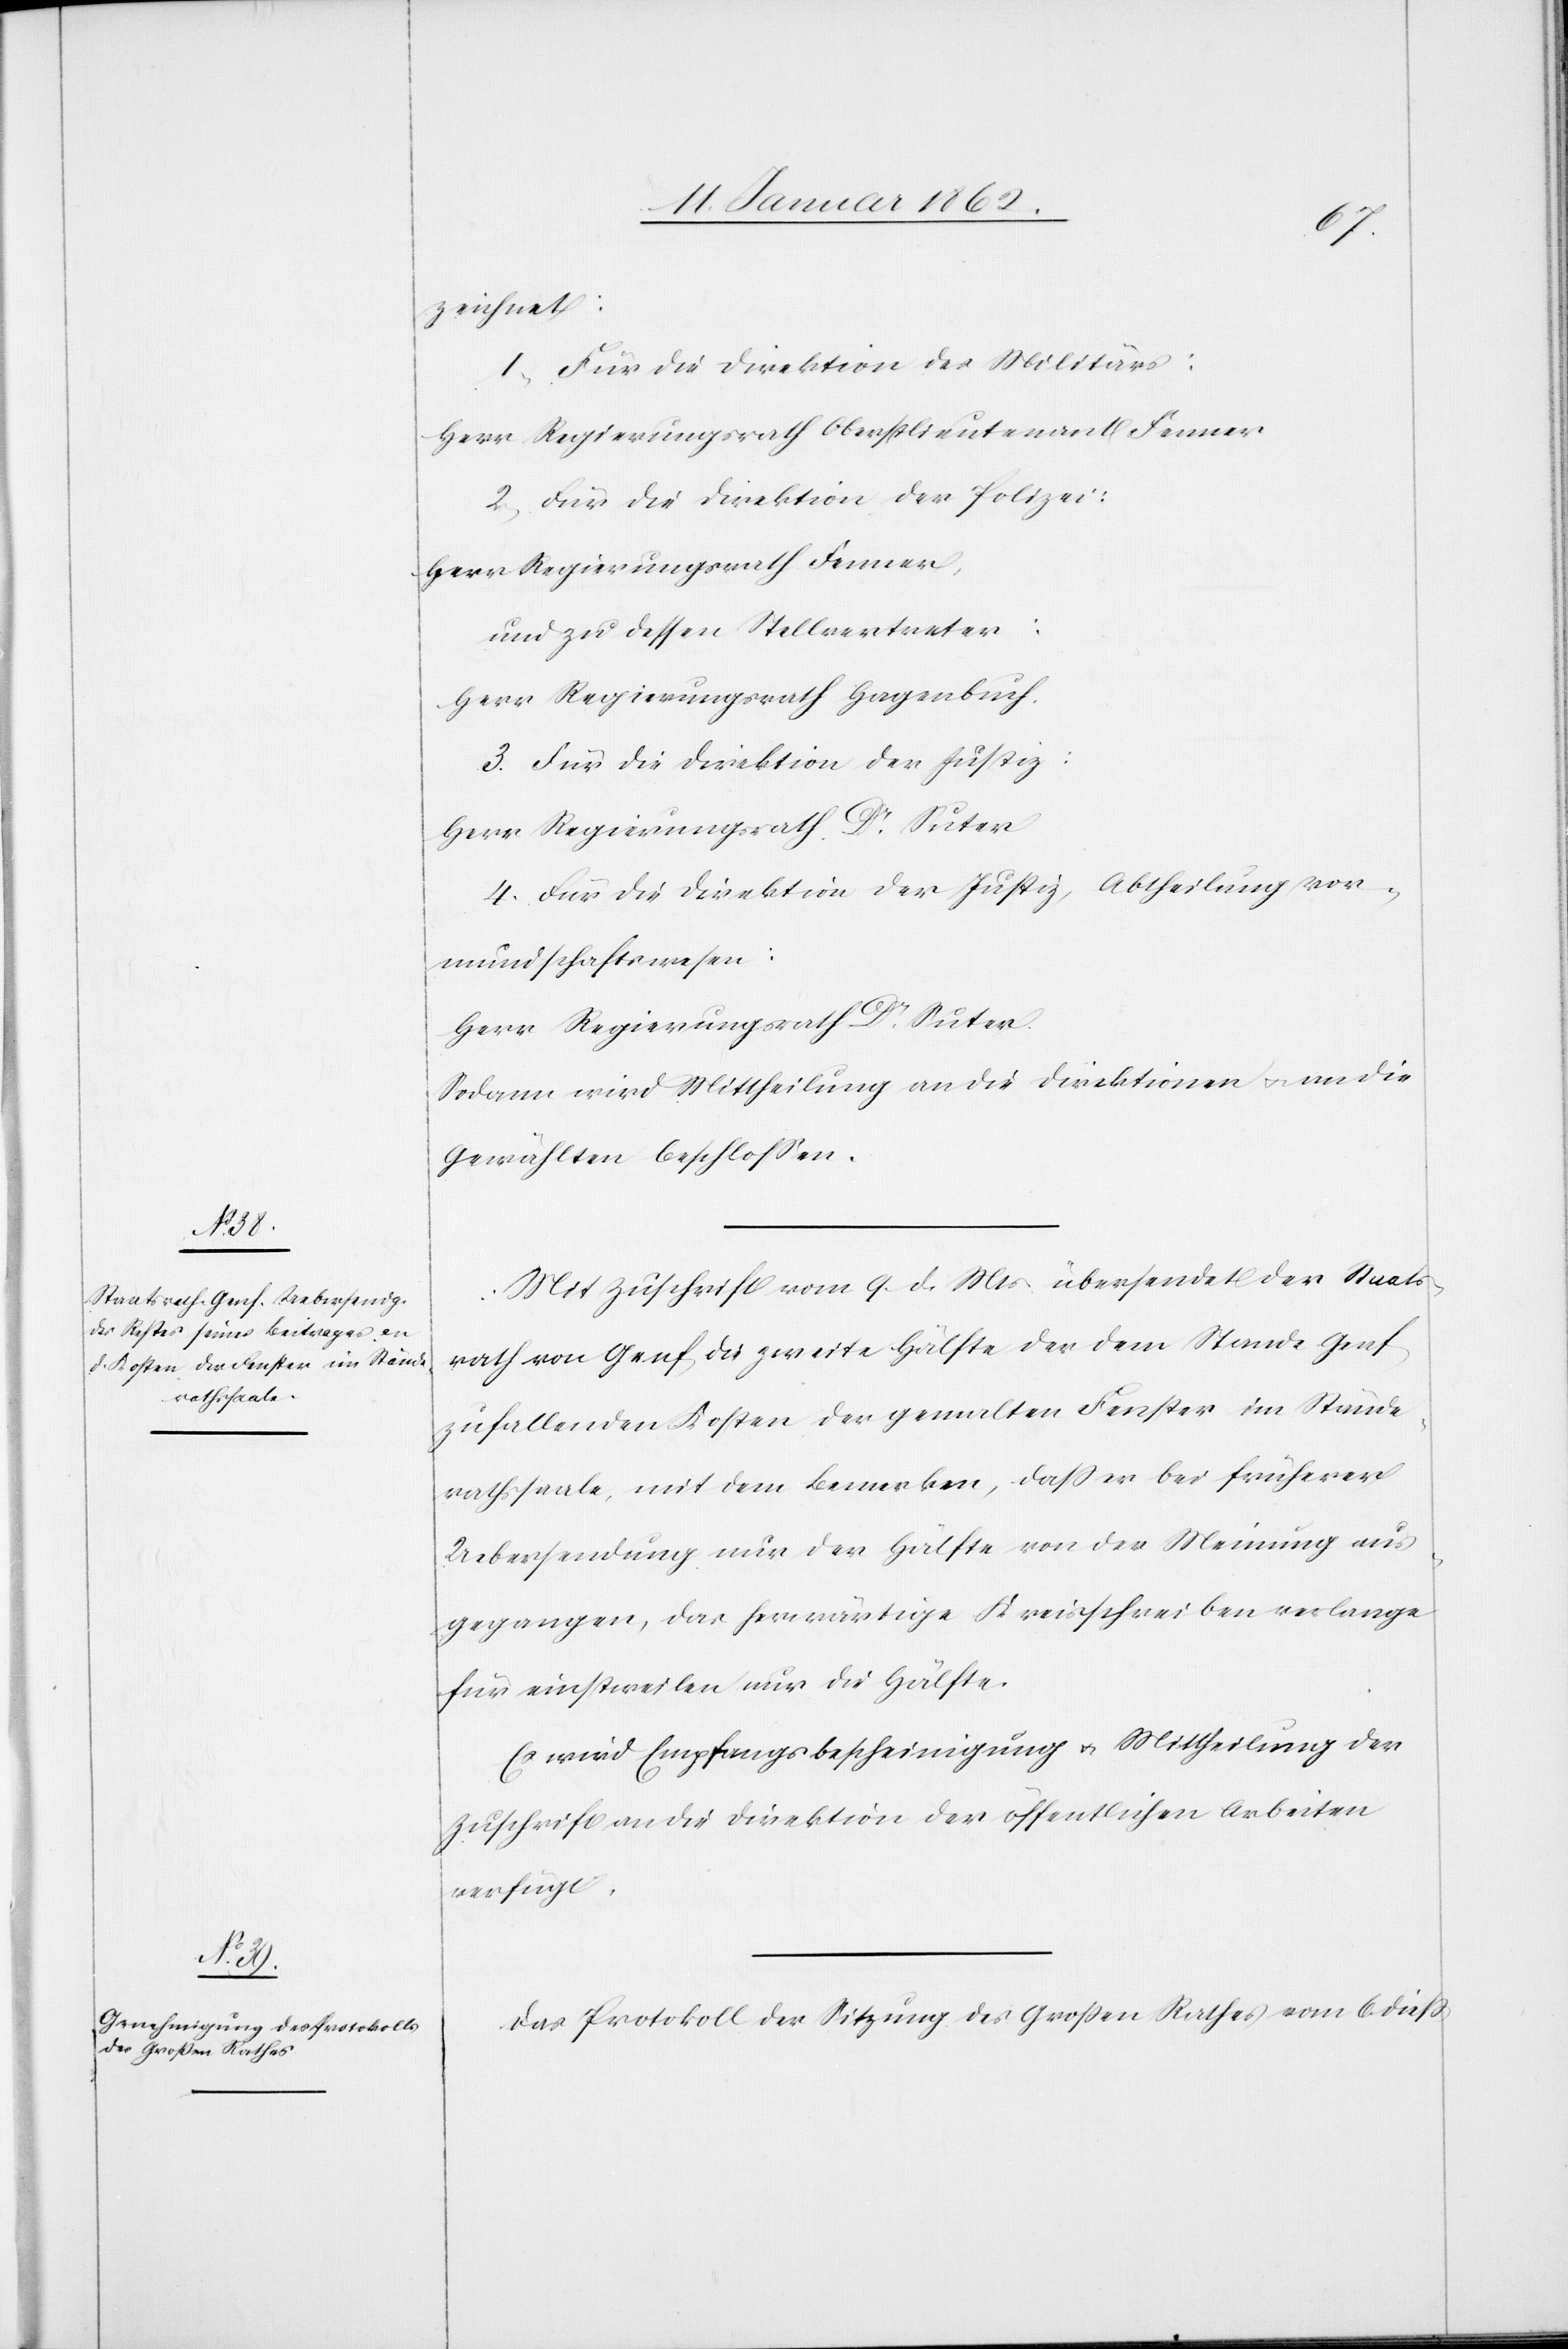
zeichnet:
1. Für die Direktion des Militärs:
Herr Regierungsrath Oberstlieutenant Fenner
2. Für die Direktion der Polizei:
Herr Regierungsrath Fenner,
und zu dessen Stellvertreter:
Herr Regierungsrath Hagenbuch.
3. Für die Direktion der Justiz:
Herr Regierungsrath Dr. Suter
4. Für die Direktion der Justiz, Abtheilung Vor¬
mundschaftswesen:
Herr Regierungsrath Dr. Suter.
Sodann wird Mittheilung an die Direktionen u. an die
Gewählten beschlossen.
Mit Zuschrift vom 9. d. Mts übersendet der Staats¬
rath von Genf die zweite Hälfte der dem Stande Genf
zufallenden Kosten der gemalten Fenster im Stände¬
rathssaale, mit dem Bemerken, daß er bei früherer
Uebersendung nur der Hälfte von der Meinung aus¬
gegangen, das herwärtige Kreisschreiben verlange
für einstweilen nur die Hälfte.
Es wird Empfangsbestätigung u. Mittheilung der
Zuschrift an die Direktion der öffentlichen Arbeiten
verfügt.
Das Protokoll der Sitzung des Großen Rathes vom 6. dieß